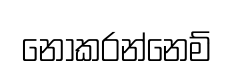
නොකරන්නෙම්